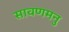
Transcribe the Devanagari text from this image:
सावणमनु